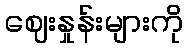
ဈေးနှုန်းများကို